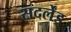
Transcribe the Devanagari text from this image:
सदर्लेंड